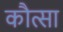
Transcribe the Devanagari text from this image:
कौत्सा